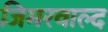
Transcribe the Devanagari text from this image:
जिमरवाल्द